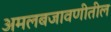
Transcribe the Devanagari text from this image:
अमलबजावणीतील